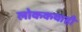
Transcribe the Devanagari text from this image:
लोककथाही